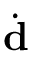
\dot { \mathbf { d } }